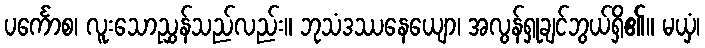
ပင်္ကောစ၊ လူးသောညွှန်သည်လည်း။ ဘုသံဒဿနေယျော၊ အလွန်ရှုချင်ဘွယ်ရှိ၏။ မယှံ၊